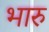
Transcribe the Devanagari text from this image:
भारु